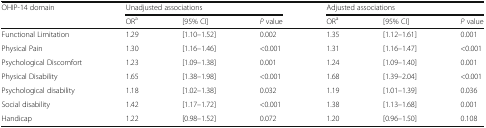
<table><thead><tr><td rowspan="2"><b>OHIP-14 domain</b></td><td colspan="3"><b>Unadjusted associations</b></td><td colspan="3"><b>Adjusted associations</b></td></tr><tr><td><b>OR<sup>a</sup></b></td><td><b>[95% CI]</b></td><td><b><i>P</i> value</b></td><td><b>OR<sup>a</sup></b></td><td><b>[95% CI]</b></td><td><b><i>P</i> value</b></td></tr></thead><tbody><tr><td>Functional Limitation</td><td>1.29</td><td>[1.10–1.52]</td><td>0.002</td><td>1.35</td><td>[1.12–1.61]</td><td>0.001</td></tr><tr><td>Physical Pain</td><td>1.30</td><td>[1.16–1.46]</td><td>&lt;0.001</td><td>1.31</td><td>[1.16–1.47]</td><td>&lt;0.001</td></tr><tr><td>Psychological Discomfort</td><td>1.23</td><td>[1.09–1.38]</td><td>0.001</td><td>1.24</td><td>[1.09–1.40]</td><td>0.001</td></tr><tr><td>Physical Disability</td><td>1.65</td><td>[1.38–1.98]</td><td>&lt;0.001</td><td>1.68</td><td>[1.39–2.04]</td><td>&lt;0.001</td></tr><tr><td>Psychological disability</td><td>1.18</td><td>[1.02–1.38]</td><td>0.032</td><td>1.19</td><td>[1.01–1.39]</td><td>0.036</td></tr><tr><td>Social disability</td><td>1.42</td><td>[1.17–1.72]</td><td>&lt;0.001</td><td>1.38</td><td>[1.13–1.68]</td><td>0.001</td></tr><tr><td>Handicap</td><td>1.22</td><td>[0.98–1.52]</td><td>0.072</td><td>1.20</td><td>[0.96–1.50]</td><td>0.108</td></tr></tbody></table>